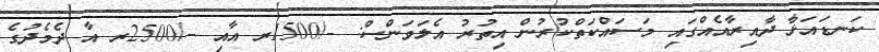
ކަނޑައަޅާ ދާއިރާއެއްގައި މަސައްކަތްކުރުން އިތުރު އެލަވަންސް: -/1500ރ އާއި -/2500ރ އާ ދެމެދުގެ